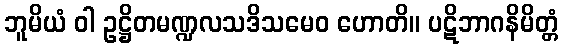
ဘူမိယံ ဝါ ဥဋ္ဌိတမဏ္ဍလသဒိသမေဝ ဟောတိ။ ပဋိဘာဂနိမိတ္တံ